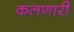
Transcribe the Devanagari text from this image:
कलणारी